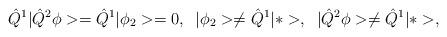
LaTeX: \begin{align*}\hat{Q}^1|\hat{Q}^2\phi>=\hat{Q}^1|\phi_2>=0,\;\; |\phi_2>\neq\hat{Q}^1|*>,\;\;|\hat{Q}^2\phi>\neq\hat{Q}^1|*>,\end{align*}